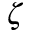
\zeta